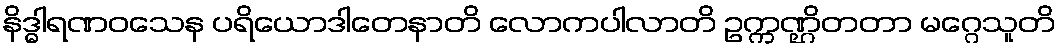
နိဒ္ဓါရဏဝသေန ပရိယောဒါတေနာတိ လောကပါလာတိ ဥက္ကဏ္ဌိတတာ မဂ္ဂေသူတိ